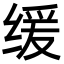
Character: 缓